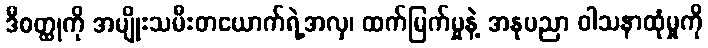
ဒီဝတ္ထုကို အမျိုးသမီးတယောက်ရဲ့အလှ၊ ထက်မြက်မှုနဲ့ အနုပညာ ဝါသနာထုံမှုကို